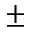
\pm